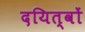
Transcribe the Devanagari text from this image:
दयित्वों